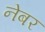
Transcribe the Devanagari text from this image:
नेबर